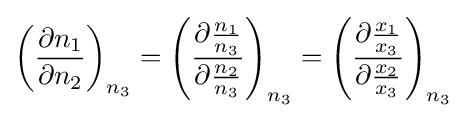
\left({\frac {\partial n_{1}}{\partial n_{2}}}\right)_{n_{3}}=\left({\frac {\partial {\frac {n_{1}}{n_{3}}}}{\partial {\frac {n_{2}}{n_{3}}}}}\right)_{n_{3}}=\left({\frac {\partial {\frac {x_{1}}{x_{3}}}}{\partial {\frac {x_{2}}{x_{3}}}}}\right)_{n_{3}}